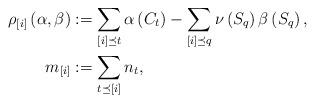
LaTeX: \begin{align*}\rho_{[i]}\left(\alpha,\beta\right)&:=\sum_{[i]\preceq t}\alpha\left(C_{t}\right)-\sum_{[i]\preceq q}\nu\left(S_{q}\right)\beta\left(S_{q}\right),\\m_{[i]}&:=\sum_{t\preceq [i]}n_{t},\end{align*}